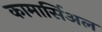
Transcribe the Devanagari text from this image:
कामार्सिअल